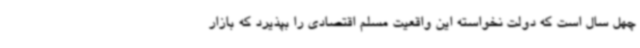
چهل سال است که دولت نخواسته این واقعیت مسلم اقتصادی را بپذیرد که بازار